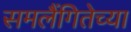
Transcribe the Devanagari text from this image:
समलैंगितेच्या